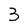
Character: 3